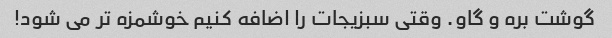
گوشت بره و گاو. وقتی سبزیجات را اضافه کنیم خوشمزه تر می شود!